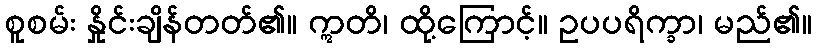
စူစမ်း နှိုင်းချိန်တတ်၏။ ဣတိ၊ ထို့ကြောင့်။ ဥပပရိက္ခာ၊ မည်၏။